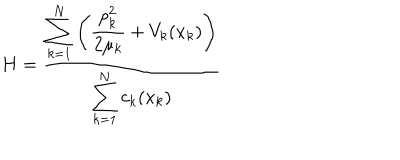
H = \frac { \displaystyle \sum _ { k = 1 } ^ { N } \left( \frac { p _ { k } ^ { 2 } } { 2 \mu _ { k } } + V _ { k } ( x _ { k } ) \right) } { \displaystyle \sum _ { k = 1 } ^ { N } c _ { k } ( x _ { k } ) }